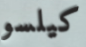
كيلسو